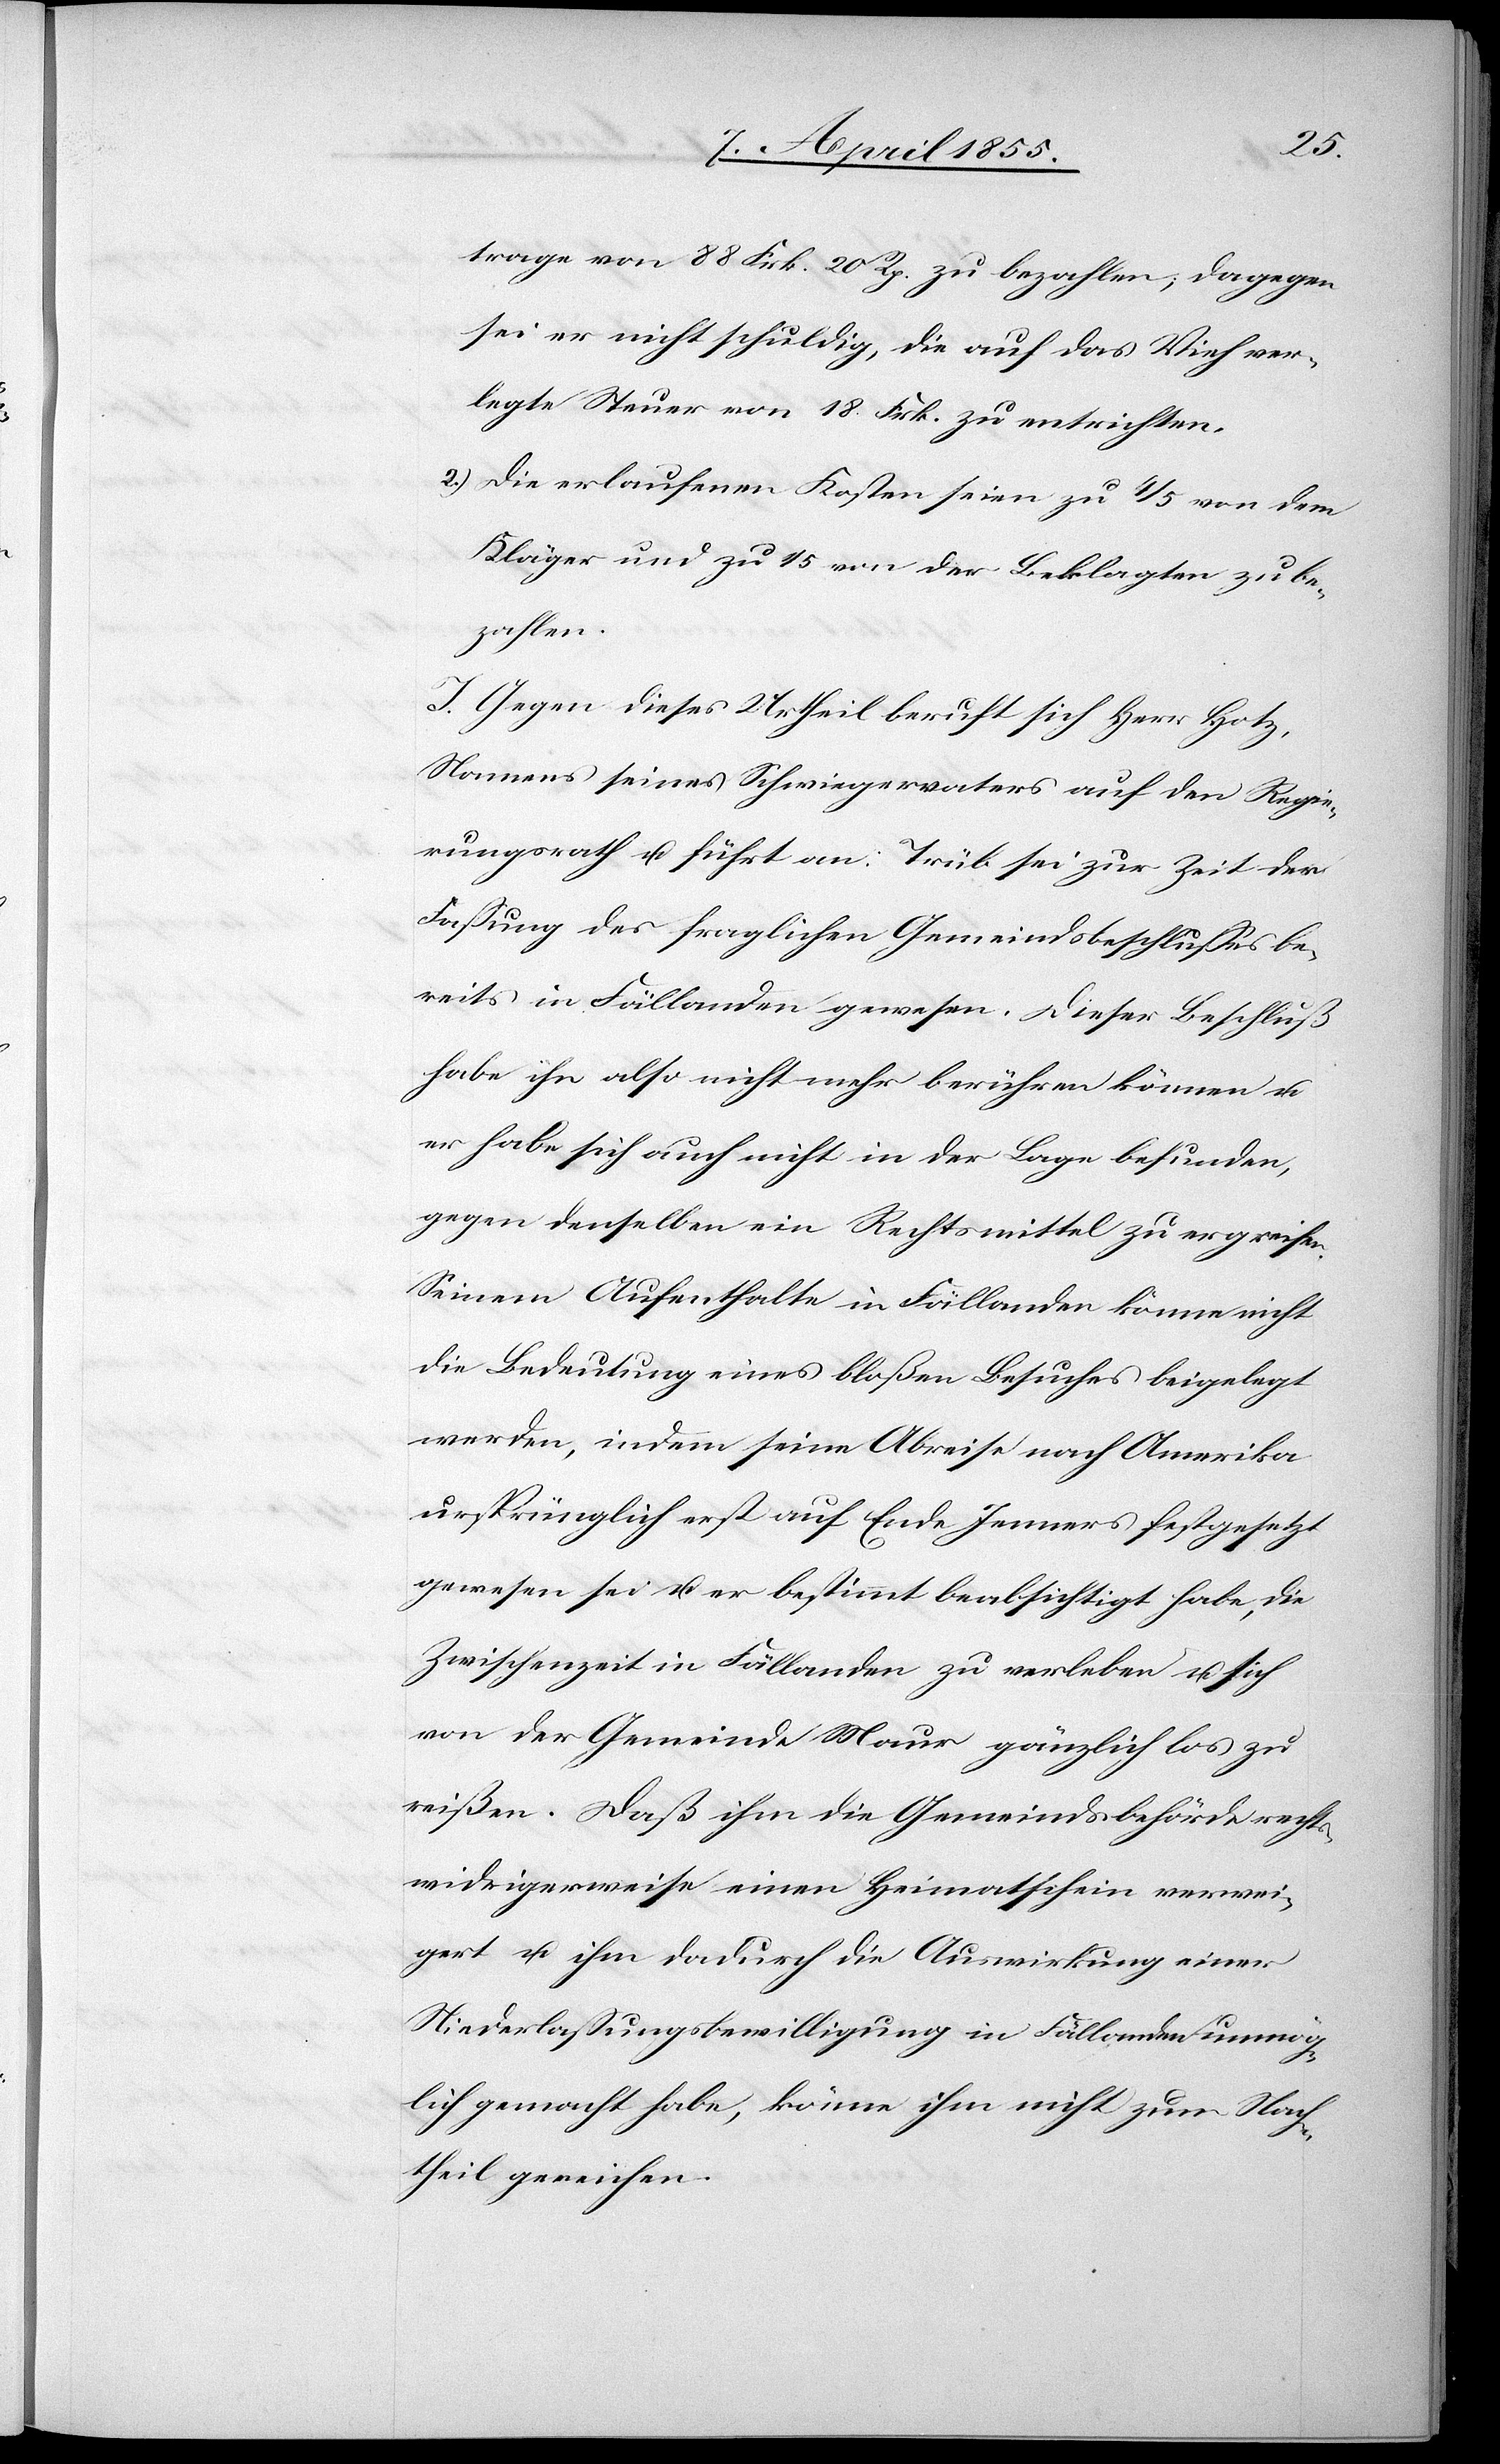
2.)
trage von 88 Frk. 20 Rp. zu bezahlen; dagegen
sei er nicht schuldig, die auf das Vieh ver¬
legte Steuer von 18. Frk. zu entrichten.
Die erlaufenen Kosten seien zu 4/5 von dem
Kläger und zu 1/5 von der Beklagten zu be¬
zahlen.
I. Gegen dieses Urtheil beruft sich Herr Hotz,
Namens seines Schwiegervaters auf den Regie¬
rungsrath u. führt an: Trüb sei zur Zeit der
Fassung des fraglichen Gemeindsbeschlusses be¬
reits in Fällanden gewesen. Dieser Beschluß
habe ihn also nicht mehr berühren können u.
er habe sich auch nicht in der Lage befunden,
gegen denselben ein Rechtsmittel zu ergreifen.
Seinem Aufenthalte in Fällanden könne nicht
die Bedeutung eines bloßen Besuches beigelegt
werden, indem seine Abreise nach Amerika
ursprünglich erst auf Ende Jenners festgesetzt
gewesen sei u. er bestimmt beabsichtigt habe, die
Zwischenzeit in Fällanden zu verleben u. sich
von der Gemeinde Maur gänzlich los zu
reißen. Daß ihm die Gemeindsbehörde rechts¬
widrigerweise einen Heimatschein verwei¬
gert u. ihm dadurch die Auswirkung einer
Niederlassungsbewilligung in Fällanden unmög¬
lich gemacht habe, könne ihm nicht zum Nach¬
theil gereichen.